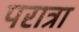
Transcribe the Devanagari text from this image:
परात्रा